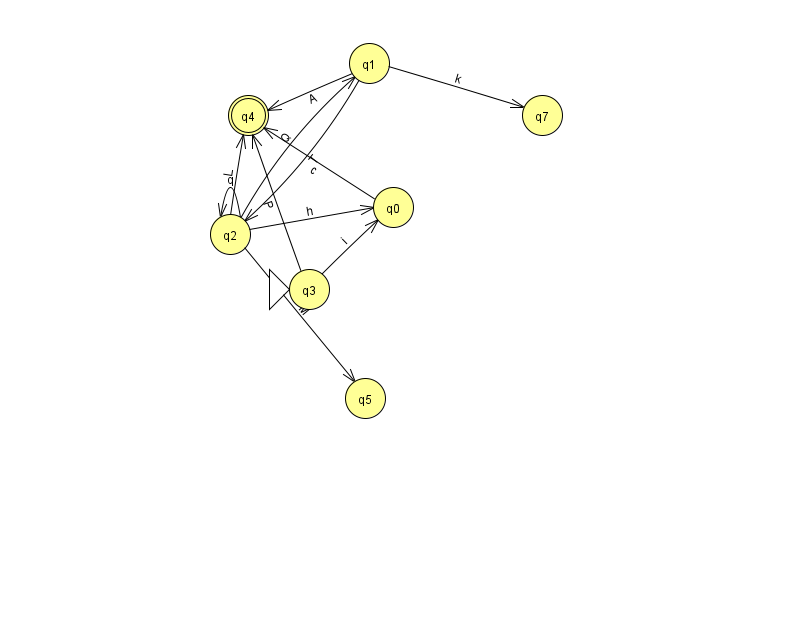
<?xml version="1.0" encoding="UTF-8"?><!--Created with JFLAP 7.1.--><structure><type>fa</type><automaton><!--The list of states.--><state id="0" name="q0"><x>393.0</x><y>194.0</y></state><state id="1" name="q1"><x>369.0</x><y>50.0</y></state><state id="2" name="q2"><x>230.0</x><y>221.0</y></state><state id="3" name="q3"><x>309.0</x><y>276.0</y><initial/></state><state id="4" name="q4"><x>248.0</x><y>102.0</y><final/></state><state id="5" name="q5"><x>365.0</x><y>385.0</y></state><state id="7" name="q7"><x>542.0</x><y>102.0</y></state><!--The list of transitions.--><transition><from>2</from><to>2</to><read>q</read></transition><transition><from>0</from><to>4</to><read>c</read></transition><transition><from>2</from><to>4</to><read>L</read></transition><transition><from>1</from><to>4</to><read>A</read></transition><transition><from>2</from><to>0</to><read>h</read></transition><transition><from>3</from><to>4</to><read>P</read></transition><transition><from>1</from><to>2</to><read>T</read></transition><transition><from>2</from><to>5</to><read>M</read></transition><transition><from>1</from><to>7</to><read>k</read></transition><transition><from>2</from><to>1</to><read>Q</read></transition><transition><from>3</from><to>0</to><read>i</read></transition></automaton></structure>